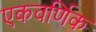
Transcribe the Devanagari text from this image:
एकवर्णिक